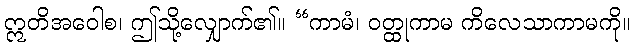
ဣတိအဝေါစ၊ ဤသို့လျှောက်၏။ “ကာမံ၊ ဝတ္ထုကာမ ကိလေသာကာမကို။